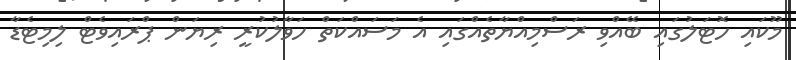
މޫކައި ހޮޓަލުގައި ބޭއްވި ރަސްމިއްޔާތެއްގައި އެ މަސައްކަތް ހަވާލުކުރީ ރިޔަން ޕްރައިވެޓް ލިމިޓެޑާ